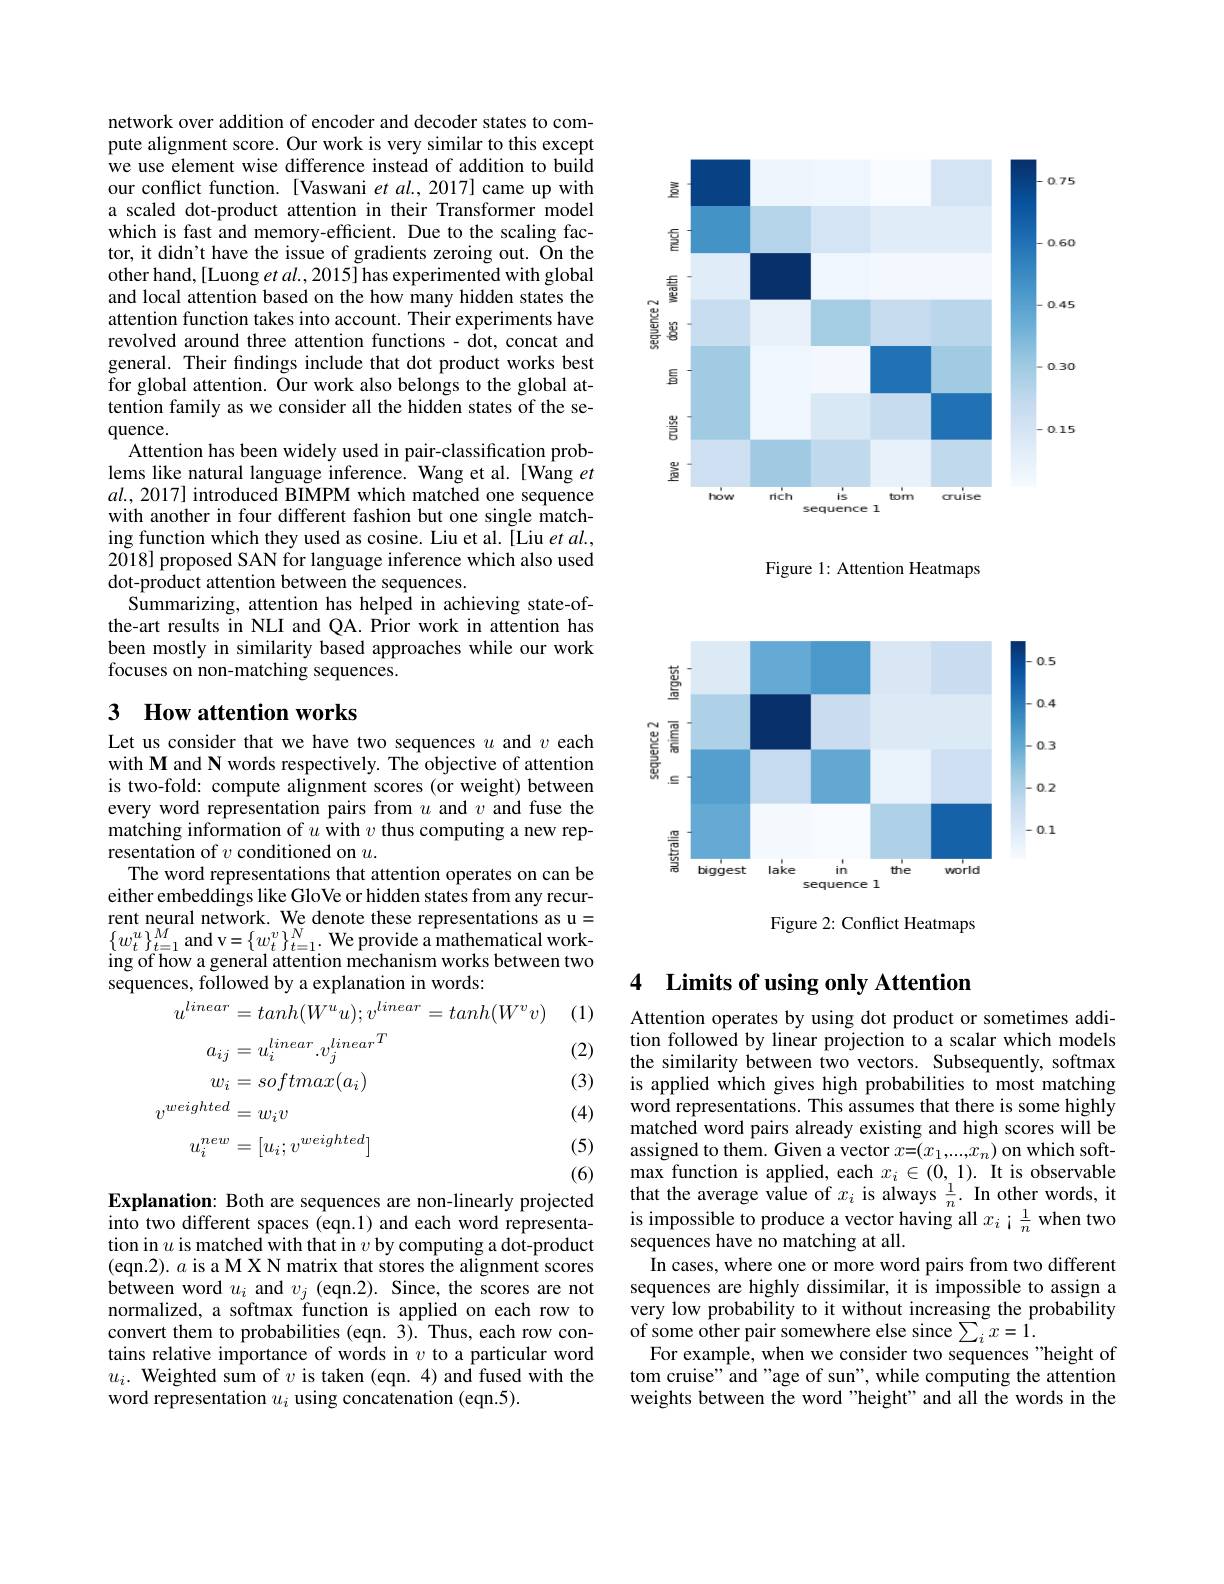
network over addition of encoder and decoder states to compute alignment score. Our work is very similar to this except we use element wise difference instead of addition to build our conflict function. [Vaswani et al., 2017] came up with a scaled dot-product attention in their Transformer model which is fast and memory-efficient. Due to the scaling factor, it didn't have the issue of gradients zeroing out. On the other hand,[Luong et al., 2015] has experimented with global and local attention based on the how many hidden states the attention function takes into account. Their experiments have revolved around three attention functions - dot, concat and general. Their fndings include that dot product works best for global attention. Õur work also belongs to the global attention family as we consider all the hidden states of the sequence.
Attention has been widely used in pair-classification problems like natural language inference. Wang et al.[Wang $et$ $al.,2017]$ introduced BIMPM which matched one sequence with another in four different fashion but one single matching function which they used as cosine. Liu et al. [Liu et al., 2018] proposed SAN for language inference which also used dot-product attention between the sequences.
Summarizing, attention has helped in achieving state-ofthe-art results in NLI and QA.Prior work in attention has been mostly in similarity based approaches while our work focuses on non-matching sequences.

## 3 How attention works

Let us consider that we have two sequences $u$ and $v$ each with M and N words respectively. The objective of attention is two-fold: compute alignment scores (or weight) between every word representation pairs from $u$ and $v$ and fuse the matching information of $u$ with $v$ thus computing a new representation of $v$ conditioned on $u.$
The word representations that attention operates on can be either embeddings like GloVe or hidden states from any recurrent neural network. We denote these representations as u= $\{w_{t}^{u}\}_{t=1}^{M}$and v$=\{w_{t}^{v}\}_{t=1}^{N}.$ We provide a mathematical working of how a general attention mechanism works between two sequences, followed by a explanation in words:

(1)

(2)

(3)
$$\begin{aligned}u^{linear}&=tanh(W^{u}u);v^{linear}=tanh(W^{v}v)\\a_{ij}&=u_{i}^{linear}.v_{j}^{linear}^{T}\\w_{i}&=softmax(a_{i})\\v^{weighted}&=w_{i}v\\u_{i}^{new}&=[u_{i};v^{weighted}]\end{aligned}$$
(4)

(5)

(6)

Explanation: Both are sequences are non-linearly projected into two different spaces (eqn.1) and each word representation in $u$ is matched with that in $v$ by computing a dot-product (eqn.2). $a$ is a M X N matrix that stores the alignment scores between word $u_i$ and $v_j$ (eqn.2). Since, the scores are not normalized, a softmax function is applied on each row to convert them to probabilities (eqn. 3). Thus, each row contains relative importance of words in $v$ to a particular word $u_i.$ Weighted sum of $v$ is taken (eqn. 4) and fused with the word representation $u_i$ using concatenation (eqn.5).

<FigureHere>

Figure 1: Attention Heatmaps

<FigureHere>

Figure 2: Conflict Heatmaps

## 4 Limits of using only Attention

Attention operates by using dot product or sometimes addition followed by linear projection to a scalar which models the similarity between two vectors. Subsequently, softmax is applied which gives high probabilities to most matching word representations. This assumes that there is some highly matched word pairs already existing and high scores will be assigned to them. Given a vector $x=(x_1,...,x_n)$ on which softmax function is applied, each $x_i\in(0,1).$ It is observable that the average value of $x_i$ is always $\frac1n.$ In other words, it is impossible to produce a vector having all $x_i$ ¡$\frac1n$ when two sequences have no matching at all.
In cases, where one or more word pairs from two different sequences are highly dissimilar, it is impossible to assign a very low probability to it without increasing the probability $\hat{\text{of some other pair somewhere else since}\sum_{i}x=1.}$
For example, when we consider two sequences "height of tom cruise" and "age of sun", while computing the attention weights between the word "height"and all the words in the